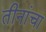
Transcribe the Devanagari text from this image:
तीनांचा